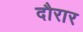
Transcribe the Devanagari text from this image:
दौरार